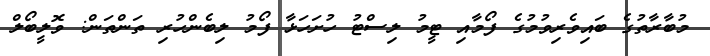
މުބާރާތުގެ ބައިވެރިވުމުގެ ފޯމާއި ޓީމު ލިސްޓު ހުށަހަޅާ ފޯމު ލިބެންހުރި ތަންތަން: ވޮލީބޯލް